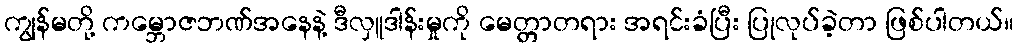
ကျွန်မတို့ ကမ္ဘောဇဘဏ်အနေနဲ့ ဒီလှူဒါန်းမှုကို မေတ္တာတရား အရင်းခံပြီး ပြုလုပ်ခဲ့တာ ဖြစ်ပါတယ်။